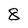
Character: 8